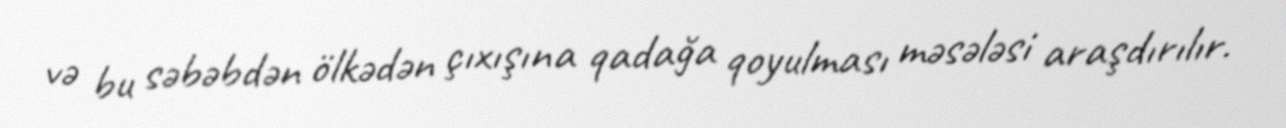
və bu səbəbdən ölkədən çıxışına qadağa qoyulması məsələsi araşdırılır.